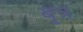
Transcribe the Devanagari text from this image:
बृत्र